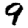
Digit: 9